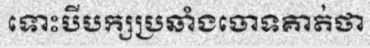
ទោះបីបក្សប្រឆាំងចោទគាត់ថា